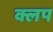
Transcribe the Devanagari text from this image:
क्लप